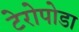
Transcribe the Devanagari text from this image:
टेरोपोडा